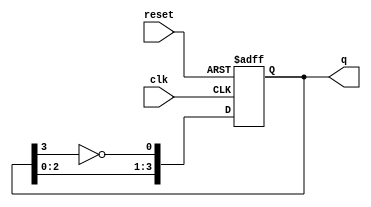
module Johnson_Counter (
    input wire clk,      // Clock input
    input wire reset,    // Asynchronous reset
    output reg [3:0] q   // Output of the counter
);

// Counter state transition logic
always @(posedge clk or posedge reset) begin
    if (reset) begin
        q <= 4'b0000;  // Reset state
    end else begin
        q[0] <= ~q[3];  // Feedback inverted from the last flip-flop
        q[1] <= q[0];
        q[2] <= q[1];
        q[3] <= q[2];
    end
end

endmodule